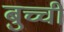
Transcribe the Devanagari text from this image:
बुच्ची